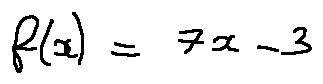
f ( x ) = 7 x - 3